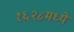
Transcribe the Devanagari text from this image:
१६२८मध्ये